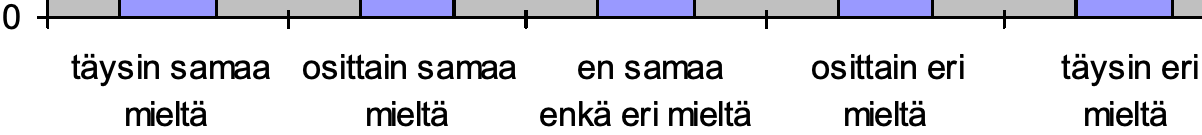
0 täysin samaa osittain samaa en samaa osittain eri täysin eri mieltä  mieltä enkä eri mieltä mieltä mieltä